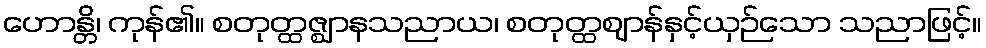
ဟောန္တိ၊ ကုန်၏။ စတုတ္ထဇ္ဈာနသညာယ၊ စတုတ္ထဈာန်နှင့်ယှဉ်သော သညာဖြင့်။